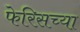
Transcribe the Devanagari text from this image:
फेरिसच्या